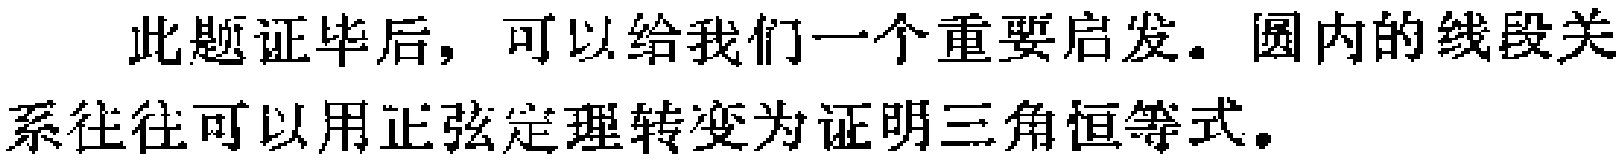
此题证毕后，可以给我们一个重要启发。圆内的线段关系往往可以用正弦定理转变为证明三角恒等式。